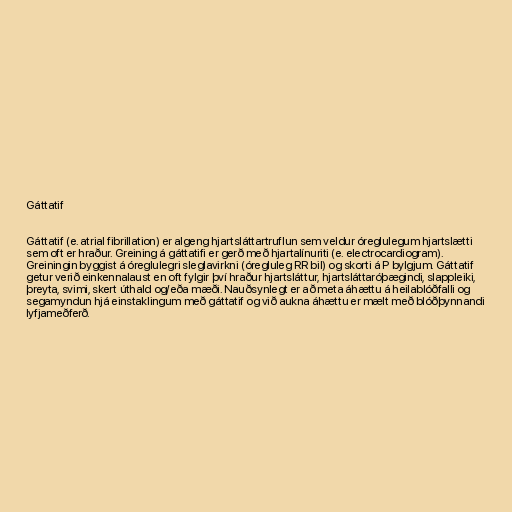
Gáttatif

Gáttatif (e. atrial fibrillation) er algeng hjartsláttartruflun sem veldur óreglulegum hjartslætti
sem oft er hraður. Greining á gáttatifi er gerð með hjartalínuriti (e. electrocardiogram).
Greiningin byggist á óreglulegri sleglavirkni (óregluleg RR bil) og skorti á P bylgjum. Gáttatif
getur verið einkennalaust en oft fylgir því hraður hjartsláttur, hjartsláttaróþægindi, slappleiki,
þreyta, svimi, skert úthald og/eða mæði. Nauðsynlegt er að meta áhættu á heilablóðfalli og
segamyndun hjá einstaklingum með gáttatif og við aukna áhættu er mælt með blóðþynnandi
lyfjameðferð.